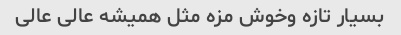
بسیار تازه وخوش مزه مثل همیشه عالی عالی